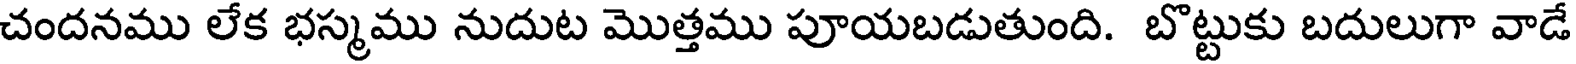
చందనము లేక భస్మము నుదుట మొత్తము పూయబడుతుంది. బొట్టుకు బదులుగా వాడే